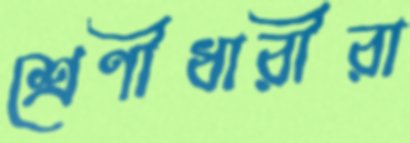
শ্রেণীধারীরা